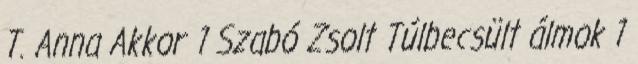
T. Anna Akkor 1 Szabó Zsolt Túlbecsült álmok 1